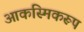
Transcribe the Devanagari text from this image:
आकस्मिकरूप